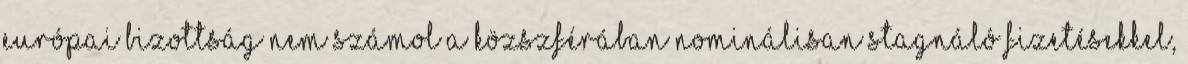
Európai Bizottság nem számol a közszférában nominálisan stagnáló fizetésekkel,